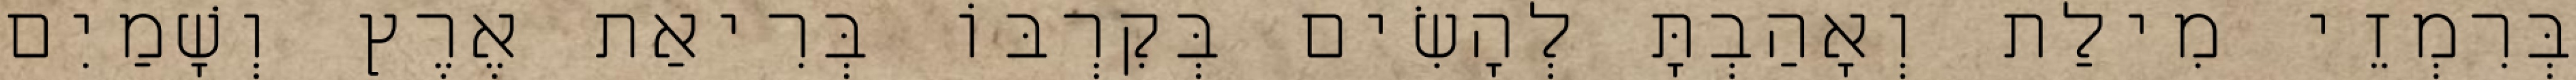
בְּרִמְזֵי מִילַת וְאָהַבְתָּ לְהָשִׂים בְּקִרְבּוֹ בְּרִיאַת אֶרֶץ וְשָׁמַיִם